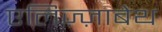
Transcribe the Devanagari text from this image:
एलिज़्ज़ाबेथ